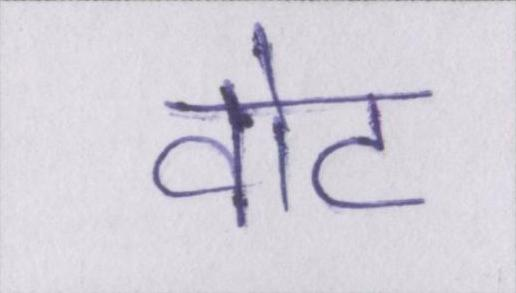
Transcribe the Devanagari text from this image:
वोट